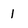
Character: 1